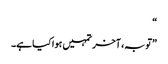
“
”توبہ، آخر تمہیں ہوا کیا ہے۔